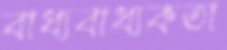
বাধ্যবাধ্যকতা